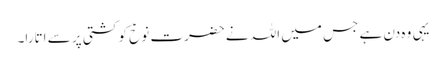
یہی وہ دن ہے جس میں اللہ نے حضرت نوحؑ کو کشتی پر سے اتارا۔